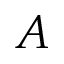
A